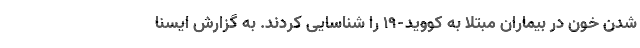
شدن خون در بیماران مبتلا به کووید-۱۹ را شناسایی کردند. به گزارش ایسنا